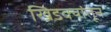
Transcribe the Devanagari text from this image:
खिडक्यांतून